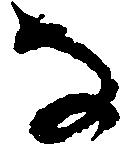
な